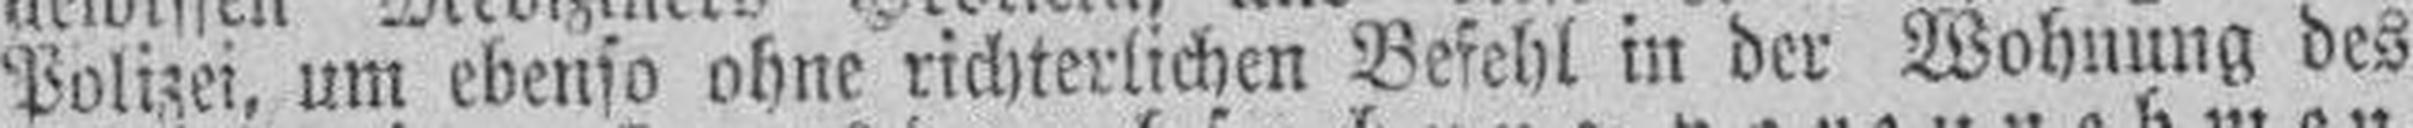
Polizei, um ebenso ohne richterlichen Befehl in der Wohnung des